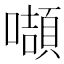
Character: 𭋴